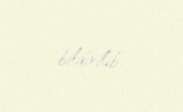
bildirilib.